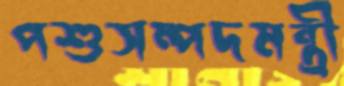
পশুসম্পদমন্ত্রী